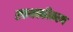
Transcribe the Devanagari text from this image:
रक्तथक्कीकरण